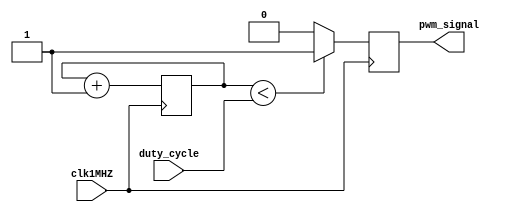
module pwm(
	input clk1MHZ,
	input [3:0] duty_cycle,
	output reg pwm_signal
);

initial begin
	pwm_signal = 1;
end

reg [3:0] counter = 0;

always@(posedge clk1MHZ) begin
	if(counter<duty_cycle) begin
		pwm_signal = 1'b1;
	end else begin
		pwm_signal = 1'b0;
	end
	counter = counter + 1'b1;
end

endmodule